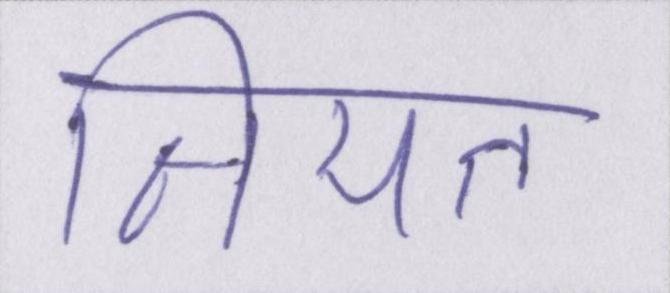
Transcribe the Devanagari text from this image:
नियत